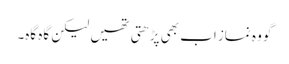
گو وہ نماز اب بھی پڑھتی تھیں لیکن گاہ گاہ۔